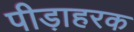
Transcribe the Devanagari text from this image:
पीड़ाहरक